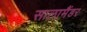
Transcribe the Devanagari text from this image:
सालामैंडर